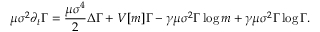
\mu \sigma ^ { 2 } \partial _ { t } \Gamma = \frac { \mu \sigma ^ { 4 } } { 2 } \Delta \Gamma + V [ m ] \Gamma - \gamma \mu \sigma ^ { 2 } \Gamma \log { m } + \gamma \mu \sigma ^ { 2 } \Gamma \log { \Gamma } .